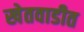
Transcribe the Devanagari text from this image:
खेतवाडीत